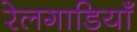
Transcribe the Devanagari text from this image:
रेलगाडियाँ